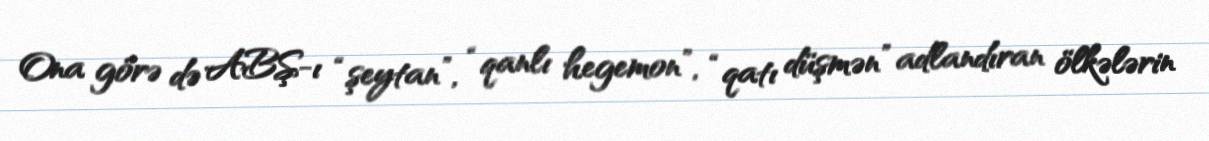
Ona görə də ABŞ-ı “şeytan”, “qanlı hegemon”, “qatı düşmən” adlandıran ölkələrin